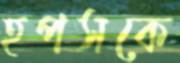
হপসকে